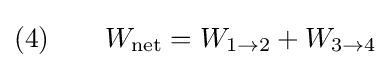
{\text{(4)}}\qquad W_{\rm {net}}=W_{1\to 2}+W_{3\to 4}